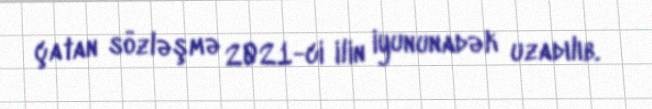
çatan sözləşmə 2021-ci ilin iyununadək uzadılıb.